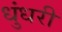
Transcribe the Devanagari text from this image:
धुंधरी